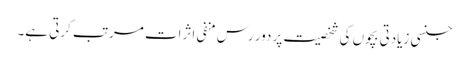
جنسی زیادتی بچوں کی شخصیت پر دور رس منفی اثرات مرتب کرتی ہے۔